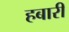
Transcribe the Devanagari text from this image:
हबारी